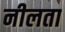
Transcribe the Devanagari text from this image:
नीलता